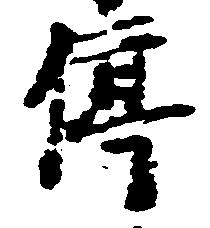
停